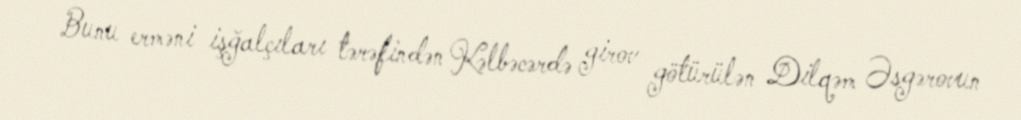
Bunu erməni işğalçıları tərəfindən Kəlbəcərdə girov götürülən Dilqəm Əsgərovun